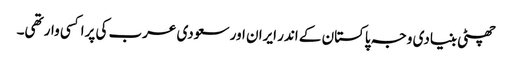
چھٹی بنیادی وجہ پاکستان کے اندر ایران اور سعودی عرب کی پراکسی وار تھی۔